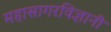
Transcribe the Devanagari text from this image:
महासागरविज्ञानी